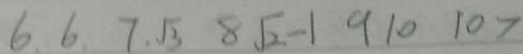
6 . 6 . 7 . \sqrt { 3 } 8 \sqrt { 2 } - 1 9 1 0 1 0 7